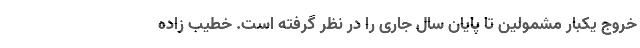
خروج یکبار مشمولین تا پایان سال جاری را در نظر گرفته است. خطیب زاده